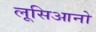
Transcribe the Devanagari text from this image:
लूसिआनो